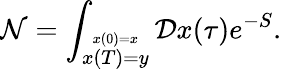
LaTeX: {\cal N}=\int_{\stackrel{x(0)=x}{x(T)=y}}{\cal D}x(\tau)e^{-S}.